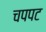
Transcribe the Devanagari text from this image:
चपपट